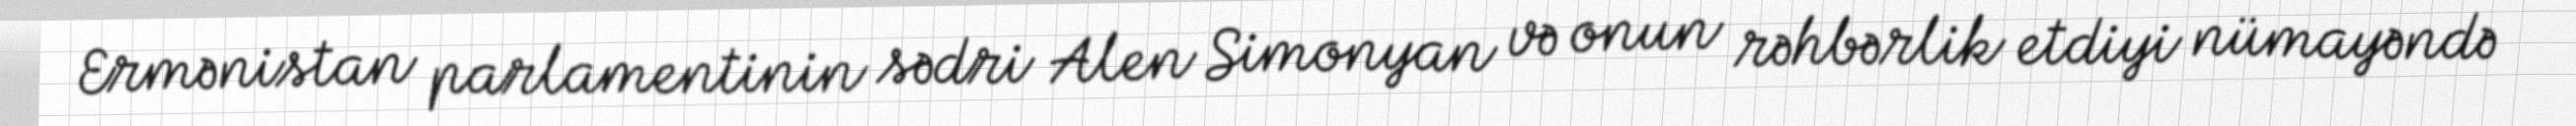
Ermənistan parlamentinin sədri Alen Simonyan və onun rəhbərlik etdiyi nümayəndə